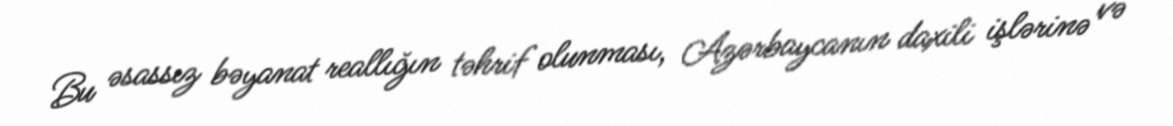
Bu əsassız bəyanat reallığın təhrif olunması, Azərbaycanın daxili işlərinə və